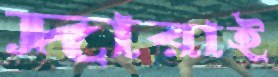
দারাই